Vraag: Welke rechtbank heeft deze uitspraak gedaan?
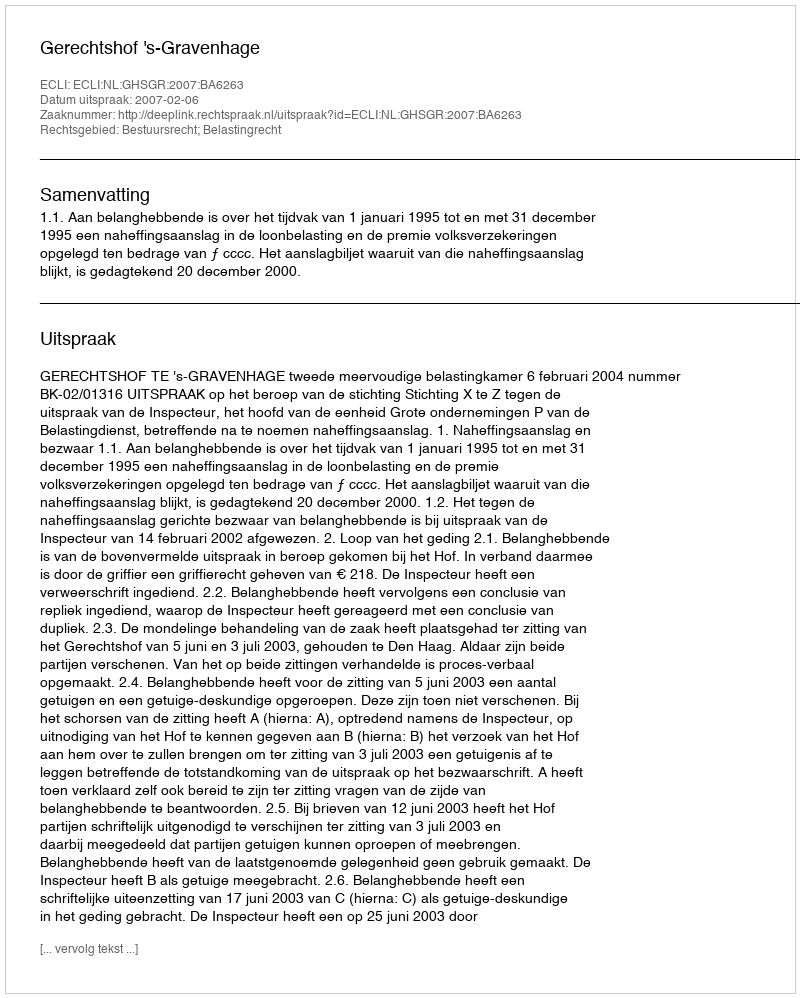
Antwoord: Gerechtshof 's-Gravenhage